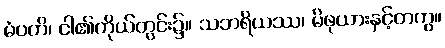
မံပတိ၊ ငါ၏ကိုယ်တွင်း၌။ သဘရိယဿ၊ မိဖုယားနှင့်တကွ။